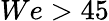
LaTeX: We>45